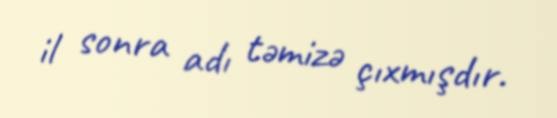
il sonra adı təmizə çıxmışdır.